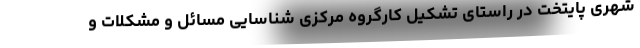
شهری پایتخت در راستای تشکیل کارگروه مرکزی شناسایی مسائل و مشکلات و